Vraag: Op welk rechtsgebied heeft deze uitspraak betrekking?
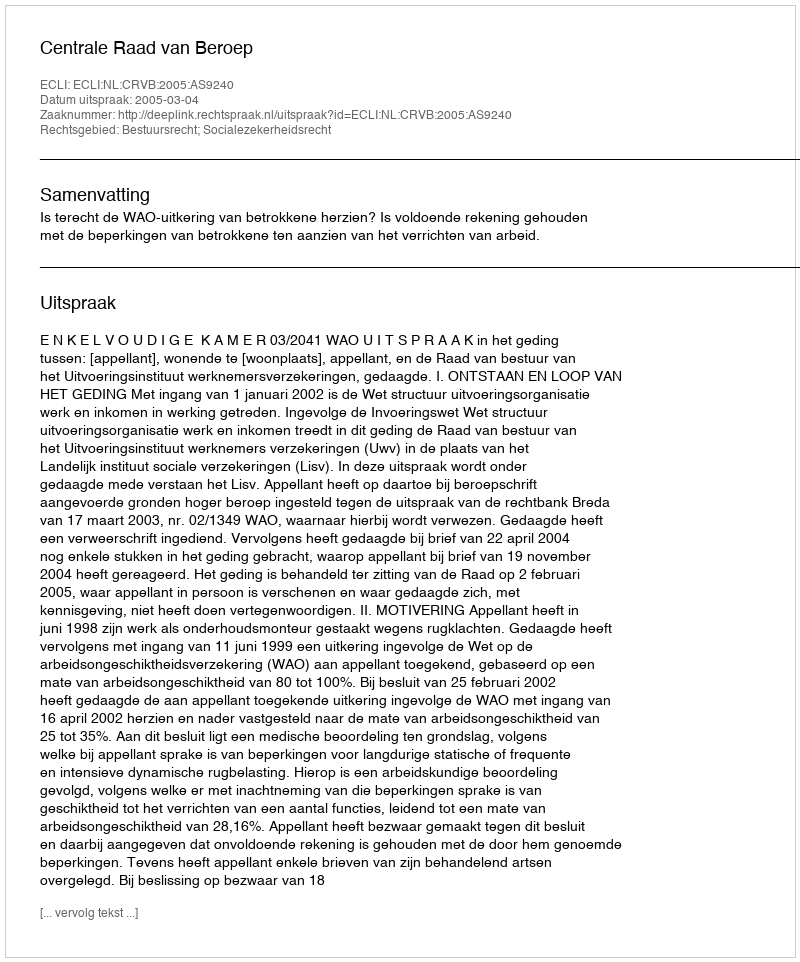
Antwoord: Bestuursrecht; Socialezekerheidsrecht